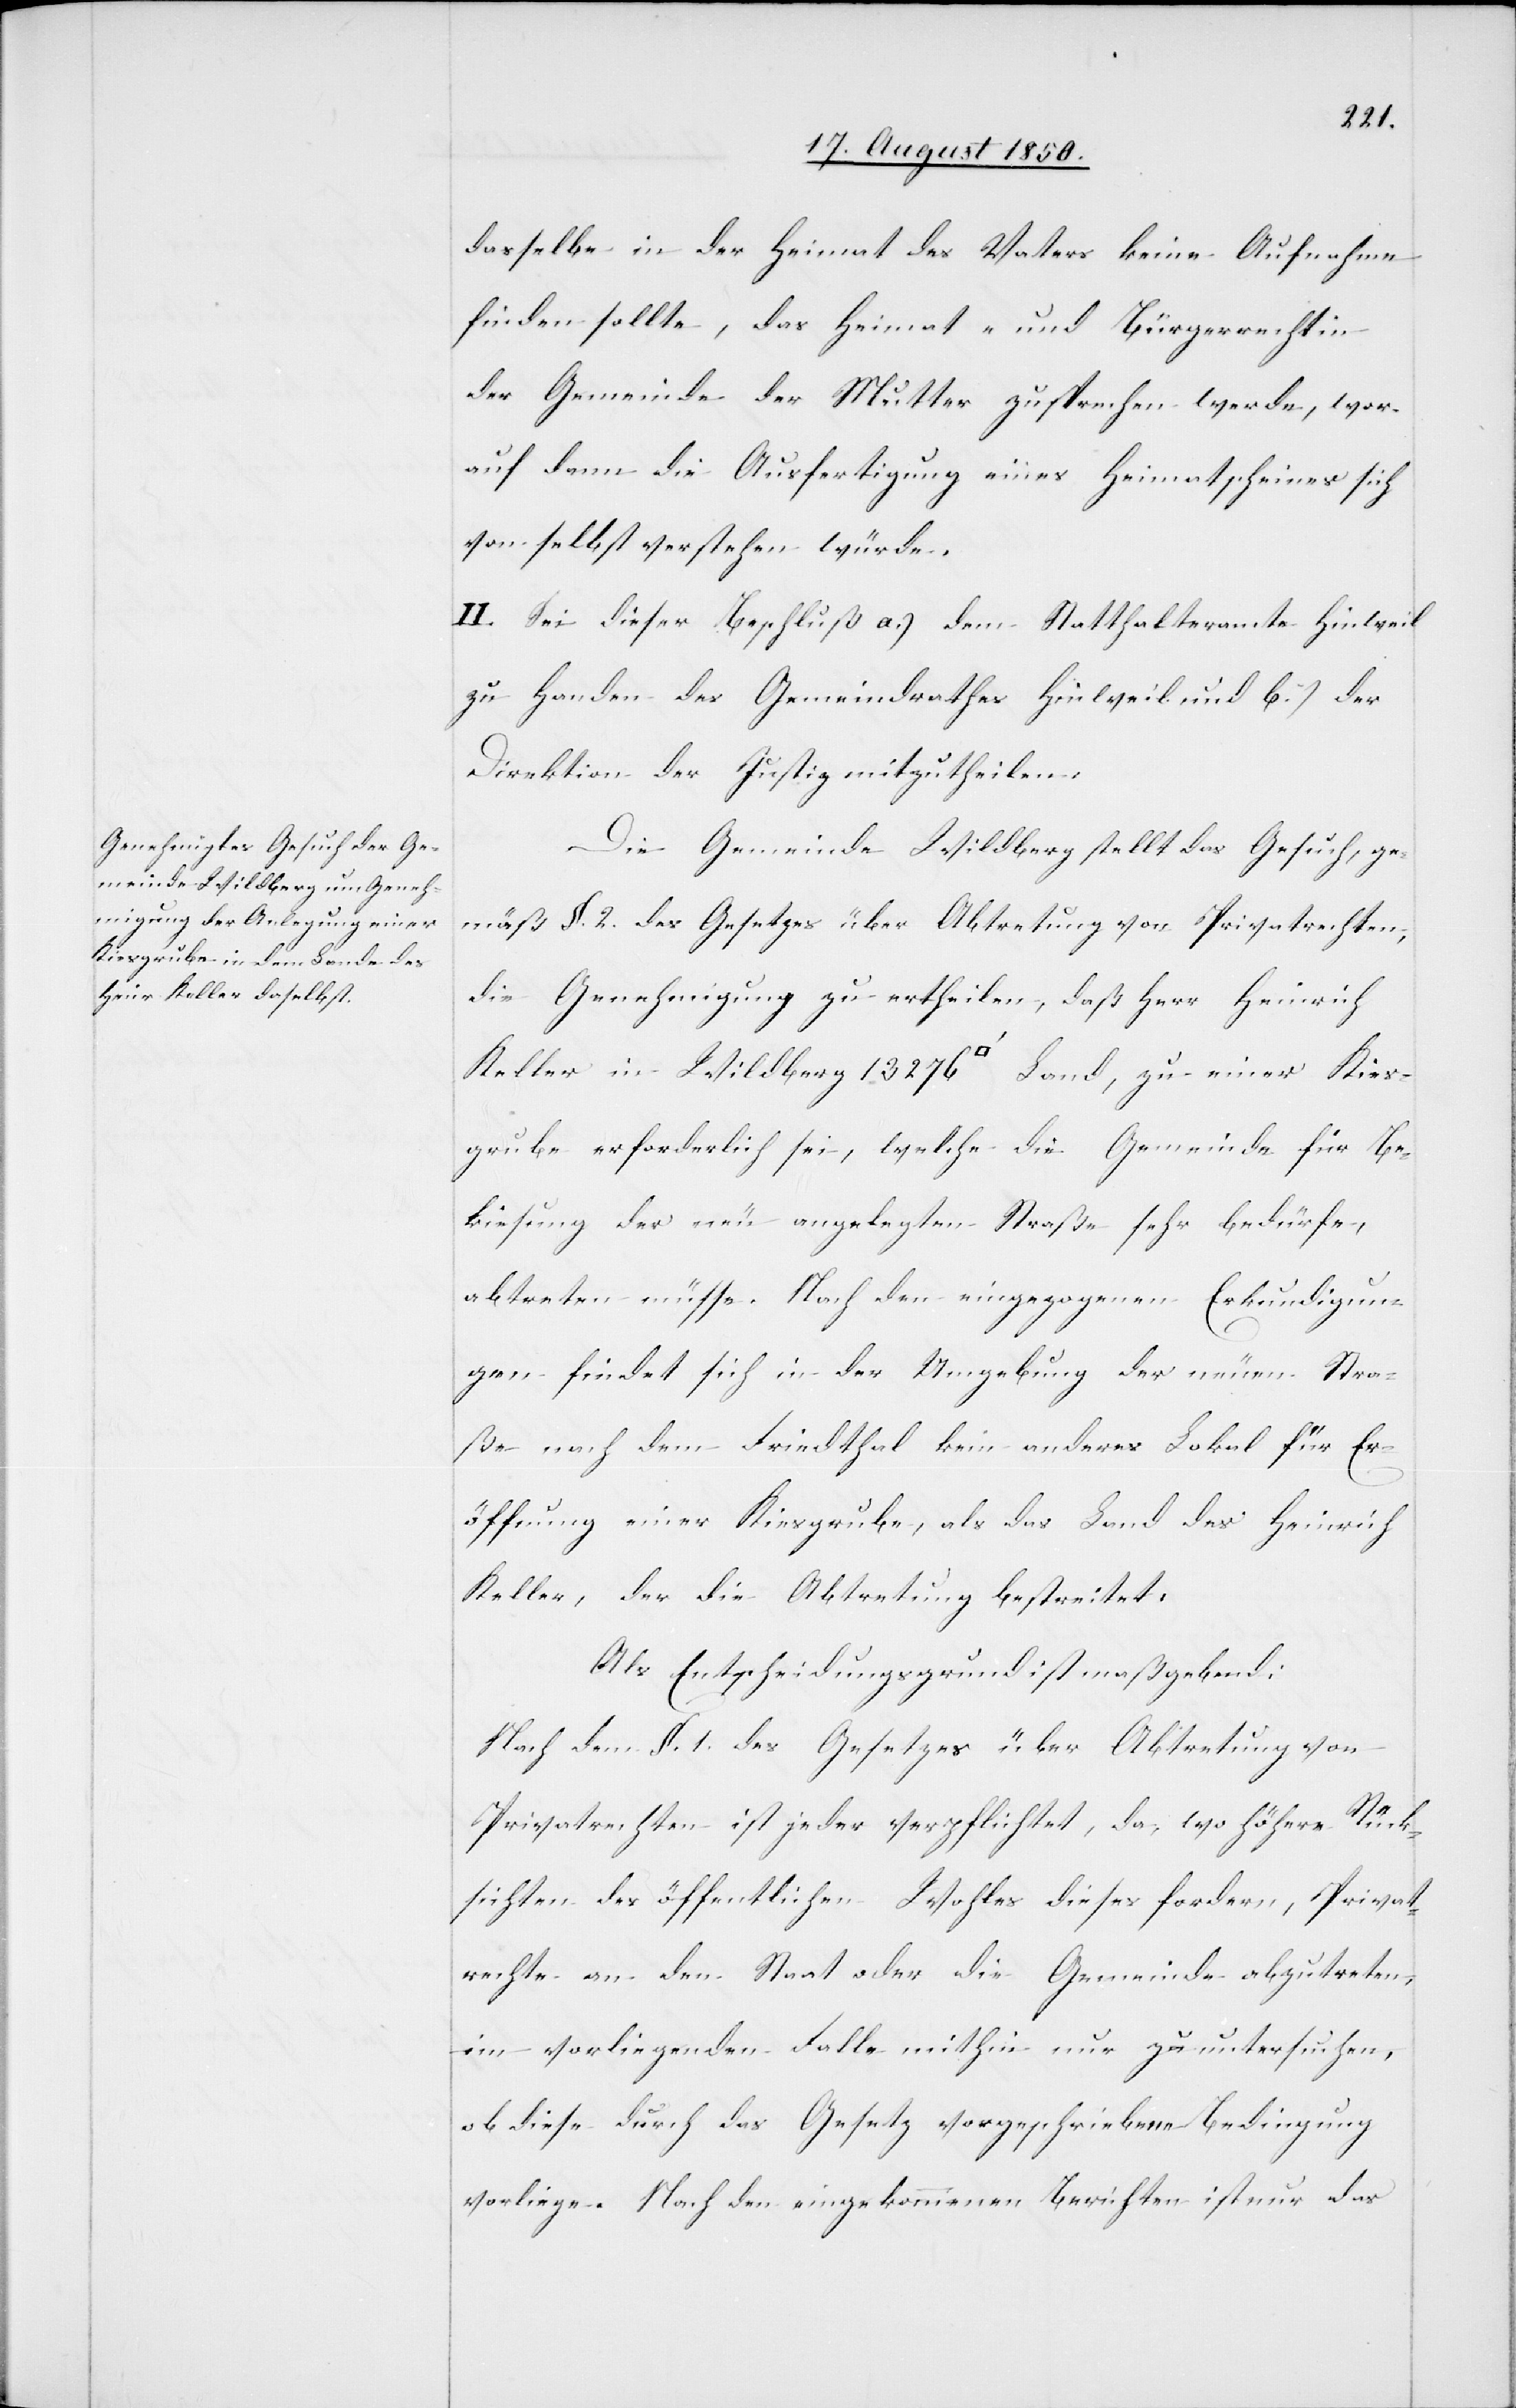
Kies¬
dasselbe in der Heimat des Vaters keine Aufnahme
finden sollte, das Heimat- und Bürgerrecht in
der Gemeinde der Mutter zusprechen werde, wor¬
auf dann die Ausfertigung eines Heimatscheines sich
von selbst verstehen würde.
II. Sei dieser Beschluß a.) dem Statthalteramte Hinweil
zu Handen des Gemeindrathes Hinweil und b.) der
Direktion der Justiz mitzutheilen.
Die Gemeinde Wildberg stellt das Gesuch, ge¬
mäß §. 2. des Gesetzes über Abtretung von Privatrechten,
die Genehmigung zu ertheilen, daß Herr Heinrich
grube erforderlich sei, welche die Gemeinde für Be¬
kiesung der neu angelegten Straße sehr bedürfe,
abtreten müsse. Nach den eingezogenen Erkundigun¬
gen findet sich in der Umgebung der neuen Stra¬
ße nach dem Friedthal kein anderes Lokal für Er¬
öffnung einer Kiesgrube, als das Land des Heinrich
Keller, der die Abtretung bestreitet,
Als Entscheidungsgrund ist maßgebend:
Nach dem §. 1. des Gesetzes über Abtretung von
Privatrechten ist jeder verpflichtet, da, wo höhere Rück¬
sichten des öffentlichen Wohles dieses fordern, Privat¬
rechte an den Staat oder die Gemeinde abzutreten,
im vorliegenden Falle mithin nur zu untersuchen,
ob diese durch das Gesetz vorgeschriebene Bedingung
vorliege. Nach den eingekommenen Berichten ist nur das